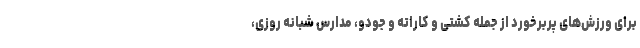
برای ورزش‌های پربرخورد از جمله کشتی و کاراته و جودو، مدارس شبانه روزی،